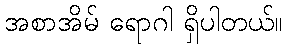
အစာအိမ် ရောဂါ ရှိပါတယ်။